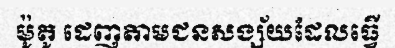
ម៉ូតូ ដេញតាមជនសង្ស័យដែលធ្វើ